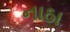
નાઠા